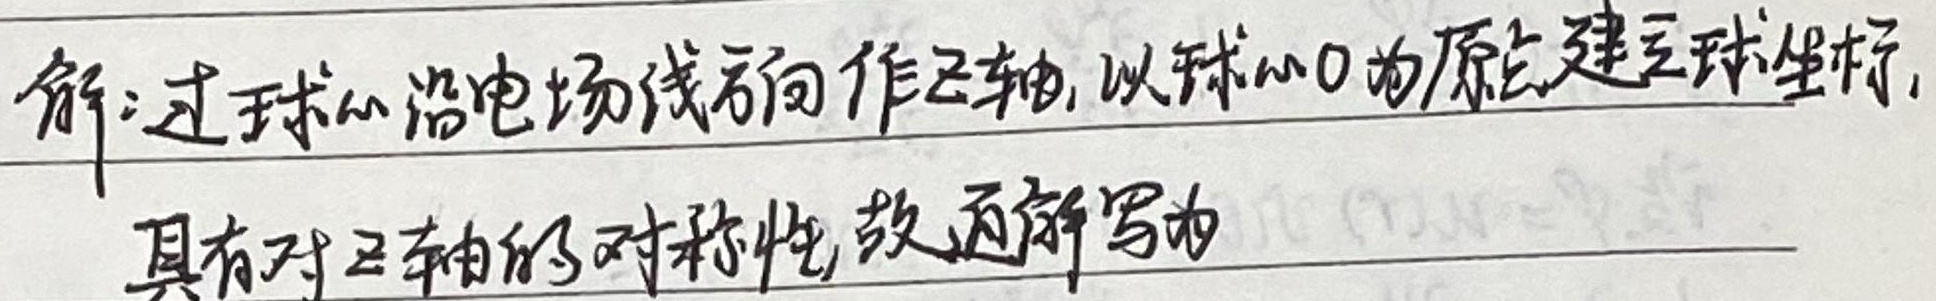
解：过球心沿电场线方向作\(z\)轴，以球心\(O\)为原点建立球坐标，具有对\(z\)轴的对称性，故通解写为